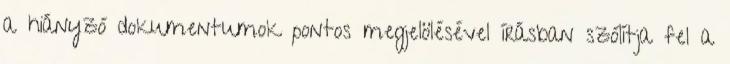
a hiányzó dokumentumok pontos megjelölésével írásban szólítja fel a